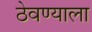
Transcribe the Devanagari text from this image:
ठेवण्याला